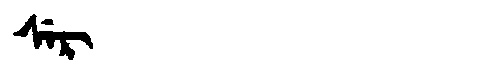
Manchu: ᠰᡝᡵ
Romanization: SER